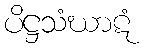
ပိဋ္ဌသံဃာဋံ